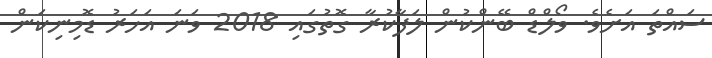
ސައްތަ އަށެވެ. ވޯލްޑް ބޭންކުން ލަފާކުރާ ގޮތުގައި 2018 ވަނަ އަހަރު ޑޮމިނިކަން